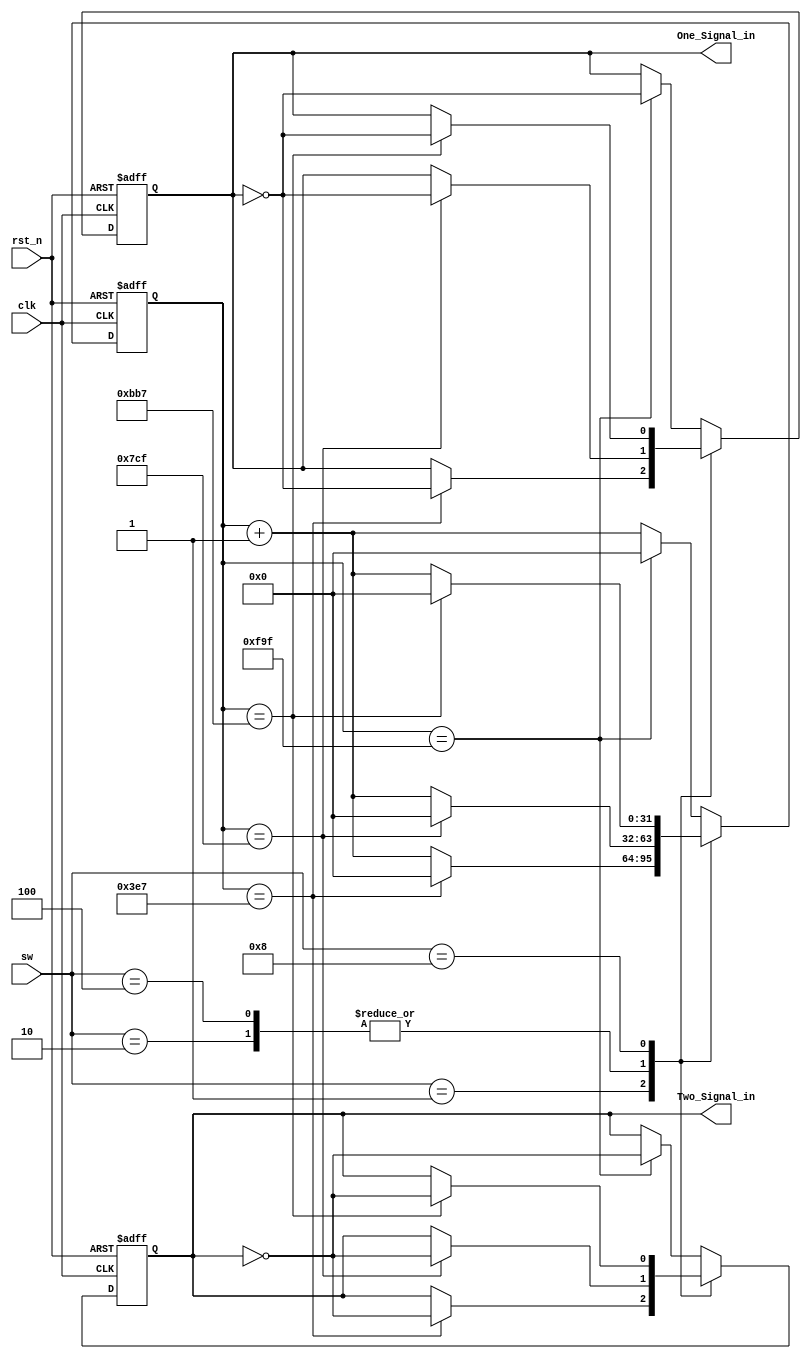
/* ==================================================================
* Family:				Cyclone V
* Device:				5CSEMA5F31C6
* Stage:				   DE1-SOC			
* Version:				Quartus II 64-Bit Version & 13.1.0 Build 162 10/23/2013 SJ Full Version
* Address:				Lab
* Data:					2017/
* Function:				
* 
* ==================================================================*/

module Signal_born(
	
	input wire 			clk,	
	input	wire			rst_n,
	input wire [3:0] 	sw,
	
	output wire			One_Signal_in,
	output wire     	Two_Signal_in
);


//====================================================================
// ********** Define Parameter and Internal Signals *************
//====================================================================
	parameter F50hz = 32'd0_999;
	parameter F100hz = 32'd1_999;
	parameter F150hz = 32'd2_999; 
	parameter F200hz = 32'd3_999;

//====================================================================
// ************************* Main Code *************************
//====================================================================

	/************************* Function ****************************/
 	reg [31:0] counter;
	reg 		  One_signal;
	reg        Two_signal;
	
	always @(posedge clk or negedge rst_n)
	if(!rst_n) begin 
		counter <= 32'd0;
		One_signal <= 1'b0;
		Two_signal <= 1'b0;
	end 
	else begin 
		case(sw)
			4'b0001:begin 
				if(counter == F50hz) begin 
					counter <= 32'd0;
					One_signal <= ~One_signal;
					Two_signal <= ~Two_signal;
				end 
				else 
					counter <= counter + 1'b1;
			end
			
			4'b0010:begin 
				if(counter == F100hz) begin 
					counter <= 32'd0;
					One_signal <= ~One_signal;
					Two_signal <= ~Two_signal;
				end 
				else 
					counter <= counter + 1'b1;
			end 
			
			4'b0100:begin 
				if(counter == F100hz) begin 
					counter <= 32'd0;
					One_signal <= ~One_signal;
					Two_signal <= ~Two_signal;
				end 
				else 
					counter <= counter + 1'b1;
			end
			
			4'b1000:begin 
				if(counter == F150hz) begin 
					counter <= 32'd0;
					One_signal <= ~One_signal;
					Two_signal <= ~Two_signal;
				end 
				else 
					counter <= counter + 1'b1;
			end
			default:begin 
				if(counter == F200hz) begin 
					counter <= 32'd0;
					One_signal <= ~One_signal;
					Two_signal <= ~Two_signal;
				end 
				else 
					counter <= counter + 1'b1;
			end 
		endcase
	
	end

	assign One_Signal_in = One_signal;
	assign Two_Signal_in = Two_signal;
	
	
	
	
	
	
	
	
	
	
	
	
	


endmodule